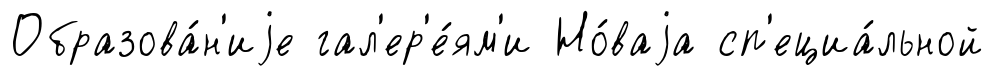
Образова́н'иjе гал'ер'е́ям'и Но́ваjа сп'ециа́льной